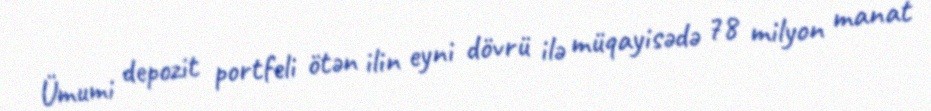
Ümumi depozit portfeli ötən ilin eyni dövrü ilə müqayisədə 78 milyon manat